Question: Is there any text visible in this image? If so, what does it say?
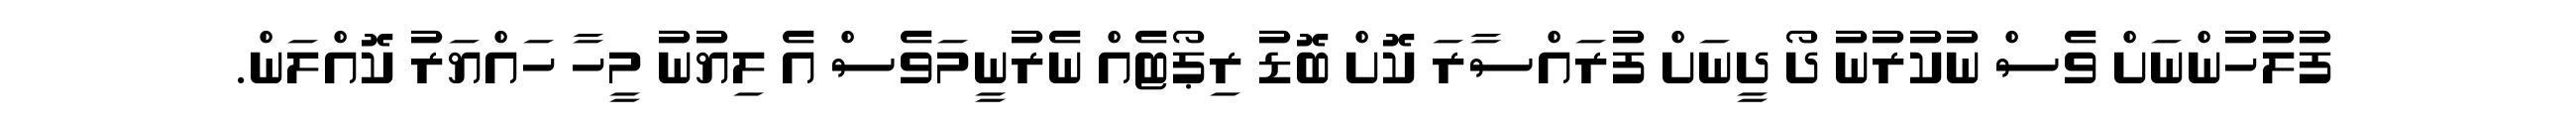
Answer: ފުލުހުންނަށް ވެސް ނުކުރުނު ދޯ ދީނަށް ފުރައްސާރަ ކޮށް ބޮޑު ރިޕޯޓެއް ނެރުނީމަވެސް އެ ލިޔުނު މީހާ ހައްޔަރު ކޮއްލަން.